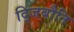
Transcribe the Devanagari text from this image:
द्जिबौति